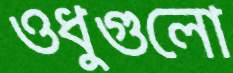
ওধুগুলো